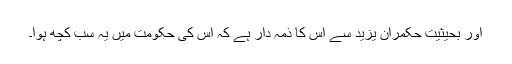
اور بحیثیت حکمران یزید سے اس کا ذمہ دار ہے کہ اس کی حکومت میں یہ سب کچھ ہوا۔